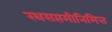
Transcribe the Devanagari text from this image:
रथसप्तमीनिमित्त